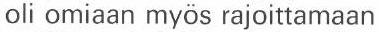
oli omiaan myös rajoittamaan